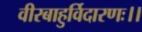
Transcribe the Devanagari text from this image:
वीरबाहुर्विदारणः।।